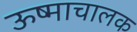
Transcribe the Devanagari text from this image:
ऊष्माचालक